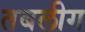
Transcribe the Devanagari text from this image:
तबलीग